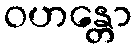
ဝဟန္တော